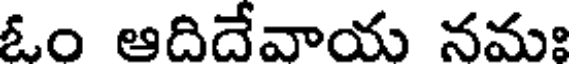
ఓం ఆదిదేవాయ నమః